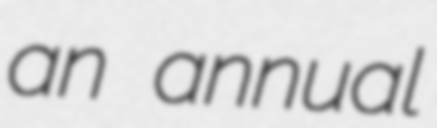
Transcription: an annual